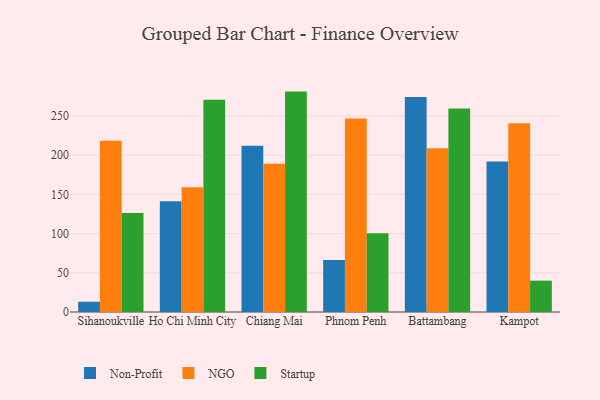
{"axis": {"x": "City", "y": "Satisfaction Score"}, "legend": ["NGO", "Non-Profit", "Startup"], "data": [{"x": "Sihanoukville", "y": 13.1, "type": "Non-Profit"}, {"x": "Sihanoukville", "y": 218.5, "type": "NGO"}, {"x": "Sihanoukville", "y": 126.2, "type": "Startup"}, {"x": "Ho Chi Minh City", "y": 141.2, "type": "Non-Profit"}, {"x": "Ho Chi Minh City", "y": 159.1, "type": "NGO"}, {"x": "Ho Chi Minh City", "y": 270.7, "type": "Startup"}, {"x": "Chiang Mai", "y": 212.1, "type": "Non-Profit"}, {"x": "Chiang Mai", "y": 189.2, "type": "NGO"}, {"x": "Chiang Mai", "y": 281.2, "type": "Startup"}, {"x": "Phnom Penh", "y": 66.4, "type": "Non-Profit"}, {"x": "Phnom Penh", "y": 246.9, "type": "NGO"}, {"x": "Phnom Penh", "y": 100.4, "type": "Startup"}, {"x": "Battambang", "y": 274.4, "type": "Non-Profit"}, {"x": "Battambang", "y": 208.9, "type": "NGO"}, {"x": "Battambang", "y": 259.5, "type": "Startup"}, {"x": "Kampot", "y": 192.0, "type": "Non-Profit"}, {"x": "Kampot", "y": 240.8, "type": "NGO"}, {"x": "Kampot", "y": 40.0, "type": "Startup"}]}